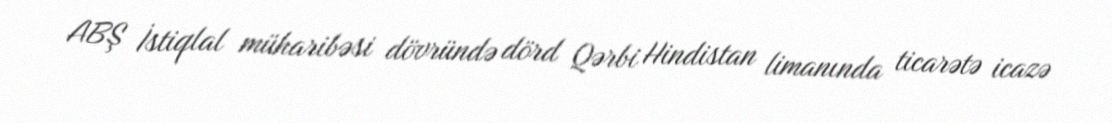
ABŞ İstiqlal müharibəsi dövründə dörd Qərbi Hindistan limanında ticarətə icazə